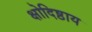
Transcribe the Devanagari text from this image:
क्षोदिष्ठाय